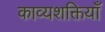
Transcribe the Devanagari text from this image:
काव्यशक्तियाँ